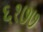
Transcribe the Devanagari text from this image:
६१७७